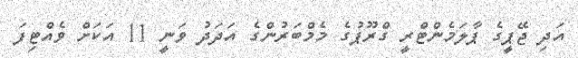
އަދި ޖޭޕީގެ ޕާލަމެންޓްރީ ގްރޫޕުގެ މެމްބަރުންގެ އަދަދު ވަނީ 11 އަކަށް ވެއްޓިފަ